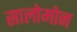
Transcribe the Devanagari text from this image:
सालोमोन